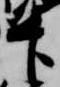
官